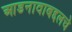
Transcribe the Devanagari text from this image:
आडनावाबद्दलचे